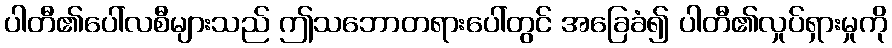
ပါတီ၏ပေါ်လစီများသည် ဤသဘောတရားပေါ်တွင် အခြေခံ၍ ပါတီ၏လှုပ်ရှားမှုကို